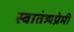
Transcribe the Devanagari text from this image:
स्वातंत्र्यप्रेमी